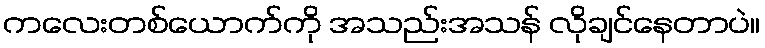
ကလေးတစ်ယောက်ကို အသည်းအသန် လိုချင်နေတာပဲ။